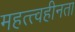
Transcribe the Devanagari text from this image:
महत्त्वहीनता